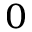
_ 0